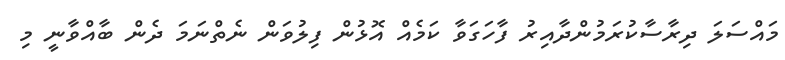
މައްސަލަ ދިރާސާކުރަމުންދާއިރު ފާހަގަވާ ކަމެއް އޮޅުން ފިލުވަން ނެތްނަމަ ދެން ބާއްވާނީ މި